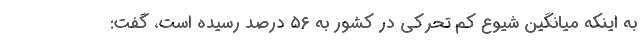
به اینکه میانگین شیوع کم تحرکی در کشور به ۵۶ درصد رسیده است، گفت: